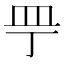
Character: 𰤲